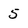
Character: 5